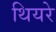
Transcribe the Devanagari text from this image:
थियरे